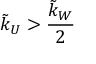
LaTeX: \tilde { k } _ { U } > \frac { \tilde { k } _ { W } } { 2 }